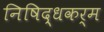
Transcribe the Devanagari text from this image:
निषिद्धकर्म